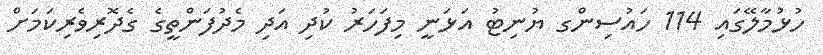
ހުޅުމާލޭގައި 114 ހައުސިންގ ޔުނިޓު އަޅަނީ މިފަހަރު ކުދި އަދި މެދުފަންތީގެ ގެދޮރިވެރިކަމަށް